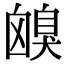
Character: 𦤟